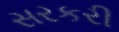
સરકરી